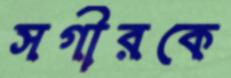
সগীরকে